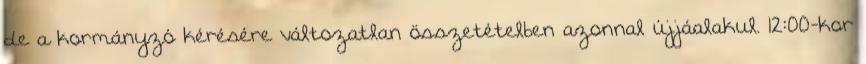
de a kormányzó kérésére változatlan összetételben azonnal újjáalakul. 12:00-kor